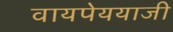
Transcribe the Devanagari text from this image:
वायपेययाजी